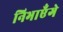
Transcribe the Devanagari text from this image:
निभाएँगे